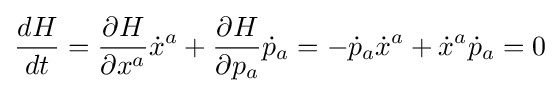
{\frac {dH}{dt}}={\frac {\partial H}{\partial x^{a}}}{\dot {x}}^{a}+{\frac {\partial H}{\partial p_{a}}}{\dot {p}}_{a}=-{\dot {p}}_{a}{\dot {x}}^{a}+{\dot {x}}^{a}{\dot {p}}_{a}=0